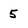
Character: 5